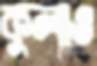
কুলাও